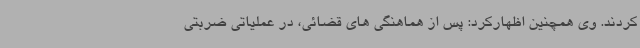
کردند. وی همچنین اظهارکرد: پس از هماهنگی های قضائی، در عملیاتی ضربتی